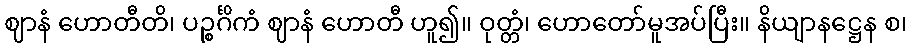
ဈာနံ ဟောတီတိ၊ ပဉ္စင်္ဂိကံ ဈာနံ ဟောတီ ဟူ၍။ ဝုတ္တံ၊ ဟောတော်မူအပ်ပြီး။ နိယျာနဋ္ဌေန စ၊